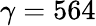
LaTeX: \gamma=564